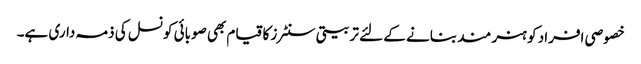
خصوصی افراد کو ہنر مند بنانے کے لئے تربیتی سنٹرز کا قیام بھی صوبائی کونسل کی ذمہ داری ہے۔